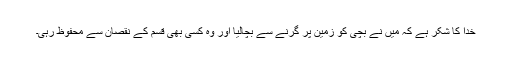
خدا کا شکر ہے کہ میں نے بچی کو زمین پر گرنے سے بچالیا اور وہ کسی بھی قسم کے نقصان سے محفوظ رہی۔